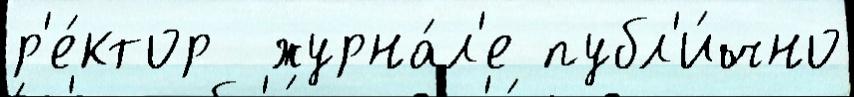
р'е́ктор  журна́л'е публ'и́чно